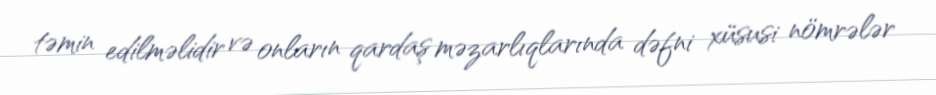
təmin edilməlidir və onların qardaş məzarlıqlarında dəfni xüsusi nömrələr